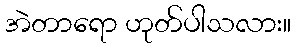
အဲတာရော ဟုတ်ပါသလား။